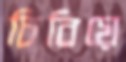
চিবিয়ে